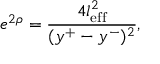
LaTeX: e ^ { 2 \rho } = \frac { 4 l _ { \mathrm { e f f } } ^ { 2 } } { ( y ^ { + } - y ^ { - } ) ^ { 2 } } ,